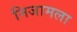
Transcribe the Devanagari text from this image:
निजामला